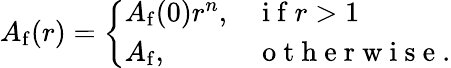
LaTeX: A_{\mathrm{{f}}}(r)=\left\{ \begin{array}{ll}{A_{\mathrm{{f}}}(0)r^{n},}&{\mathrm{~i~f~}r>1}\\ {A_{\mathrm{{f}}},}&{\mathrm{~o~t~h~e~r~w~i~s~e~}.}\end{array}\right.